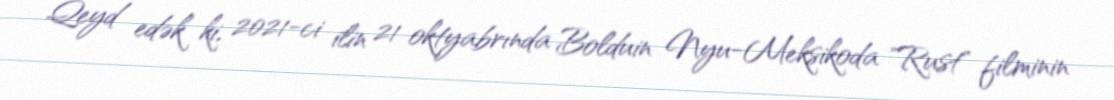
Qeyd edək ki, 2021-ci ilin 21 oktyabrında Bolduin Nyu-Meksikoda "Rust" filminin